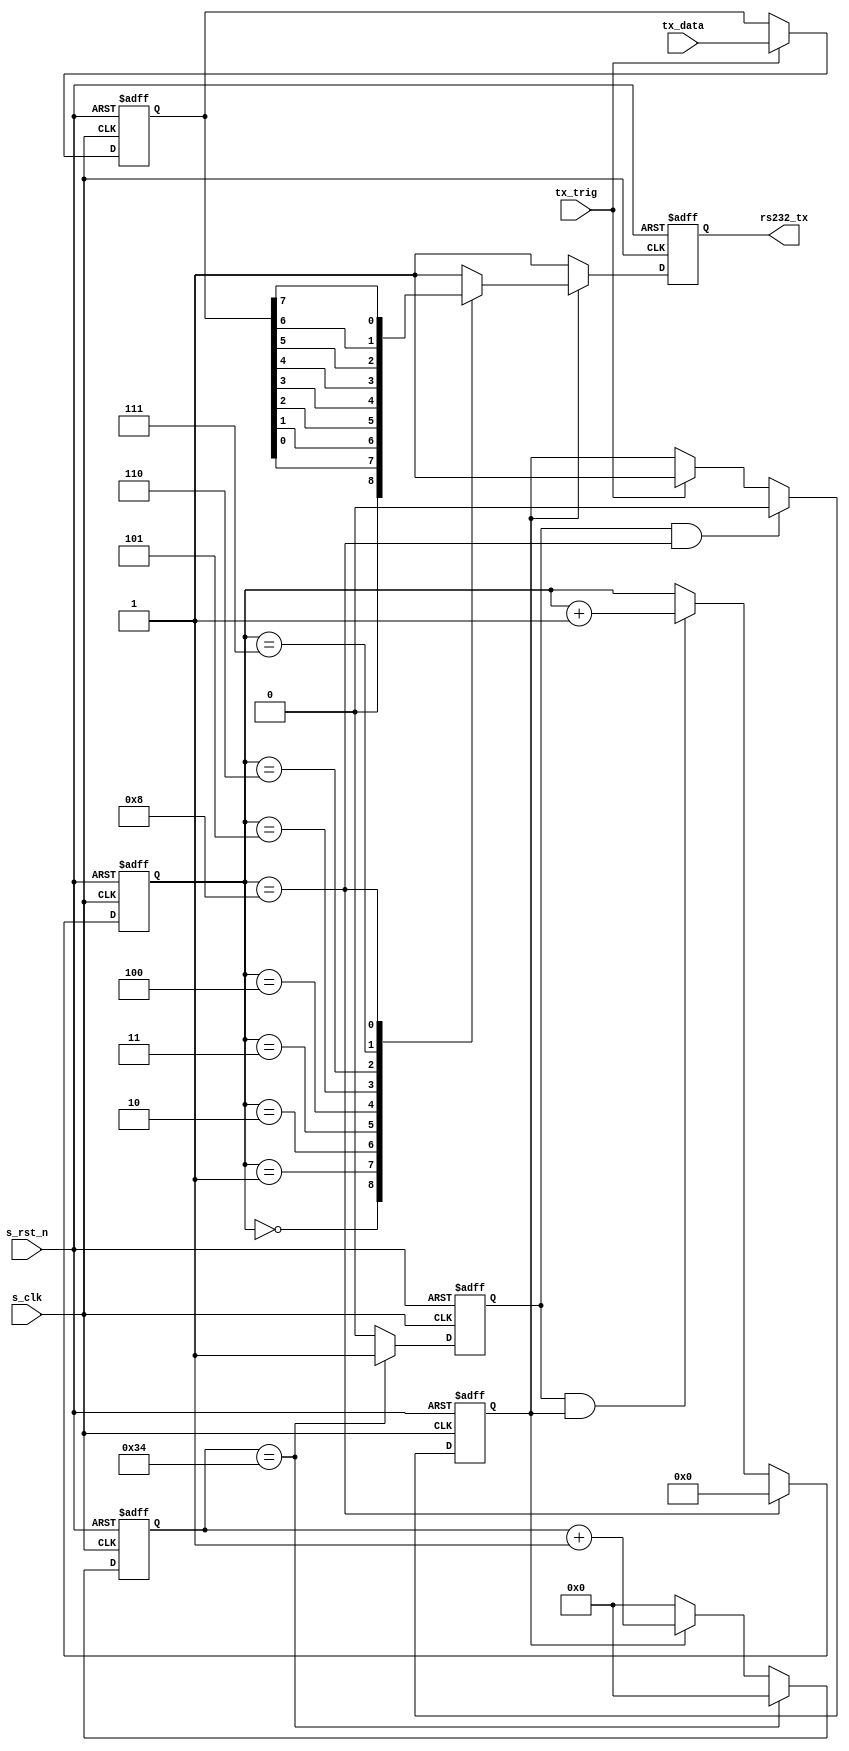
// *********************************************************************************
// Project Name : OSXXXX
// Website      : http://www.opensoc.cn/
// Create Time  : 2018/7/30 10:19:19
// Module Name  : 
// Called By    :
// Abstract     :
//
// CopyRight(c) 2016, OpenSoc Studio.. 
// All Rights Reserved
//
// *********************************************************************************
// Modification History:
// Date         By              Version                 Change Description
// -----------------------------------------------------------------------
// 2018/7/30    XioaHong          1.0                     Original
//  
// *********************************************************************************
`timescale      1ns/1ns
`define SIM
module uart_tx(
input                   s_clk                   ,   
input                   s_rst_n                 ,   

input [7:0]             tx_data                 ,   
input                   tx_trig                 ,   
output reg              rs232_tx                 
);

`ifndef SIM
localparam BAUD_END = 5207;
`else
localparam BAUD_END = 52;
`endif
localparam BIT_END  = 8;

reg [7:0] tx_data_r;
reg tx_flag;
reg [12:0] baud_cnt;
reg bit_flag;
reg [3:0] bit_cnt;

//------------------------------------------------------- 
//    tx_data_r
always  @(posedge s_clk or negedge s_rst_n) begin
        if(s_rst_n == 1'b0)
            tx_data_r <= 'd0;
        else if(tx_trig == 1'b1)
            tx_data_r <= tx_data;
        else ;
end

//------------------------------------------------------- 
//   tx_flag
always  @(posedge s_clk or negedge s_rst_n) begin
        if(s_rst_n == 1'b0)
            tx_flag <= 'd0;
        else if(bit_flag == 1'b1 && bit_cnt == BIT_END)
            tx_flag <= 'd0;
        else if(tx_trig == 1'b1)
            tx_flag <= 1'b1;
end


//------------------------------------------------------- 
//    baud_cnt
always  @(posedge s_clk or negedge s_rst_n) begin
        if(s_rst_n == 1'b0)
            baud_cnt <= 'd0;
        else if(baud_cnt == BAUD_END)
            baud_cnt <= 'd0;
        else if(tx_flag == 1'b1)
            baud_cnt <= baud_cnt + 1'b1;
        else 
            baud_cnt <= 'd0;
end


//------------------------------------------------------- 
//    bit_flag
always  @(posedge s_clk or negedge s_rst_n) begin
        if(s_rst_n == 1'b0)
            bit_flag <= 'd0;
        else if(baud_cnt == BAUD_END)
            bit_flag <= 1'b1;
        else
            bit_flag <= 'd0;
end


//------------------------------------------------------- 
//    bit_cnt
always  @(posedge s_clk or negedge s_rst_n) begin
        if(s_rst_n == 1'b0)
            bit_cnt <= 'd0;
        else if(bit_cnt == BIT_END)
            bit_cnt <= 'd0;
        else if(bit_flag == 1'b1 && tx_flag == 1'b1)
            bit_cnt <= bit_cnt + 1'b1;
        else ; 
end

//------------------------------------------------------- 
//    rs232_tx
always  @(posedge s_clk or negedge s_rst_n) begin
        if(s_rst_n == 1'b0)
            rs232_tx <= 'd0;
        else if(tx_flag == 1'b1) begin
            case(bit_cnt)
                0: rs232_tx <= 'd0;
                1: rs232_tx <= tx_data_r[0];
                2: rs232_tx <= tx_data_r[1];
                3: rs232_tx <= tx_data_r[2];
                4: rs232_tx <= tx_data_r[3];
                5: rs232_tx <= tx_data_r[4];
                6: rs232_tx <= tx_data_r[5];
                7: rs232_tx <= tx_data_r[6];
                8: rs232_tx <= tx_data_r[7];
                default: rs232_tx <= 1'b1;
            endcase
        end
        else 
            rs232_tx <= 1'b1;
end






endmodule